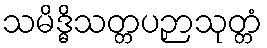
သမိဒ္ဓိသတ္တပဉှာသုတ္တံ